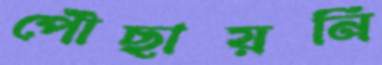
পৌছায়নি